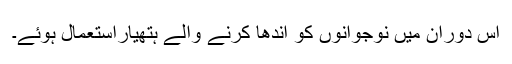
اس دوران میں نوجوانوں کو اندھا کرنے والے ہتھیاراستعمال ہوئے۔